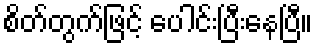
စိတ်တွက်ဖြင့် ပေါင်းပြီးနေပြီ။